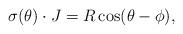
LaTeX: \begin{align*} \sigma(\theta)\cdot J =R\cos(\theta-\phi),\end{align*}